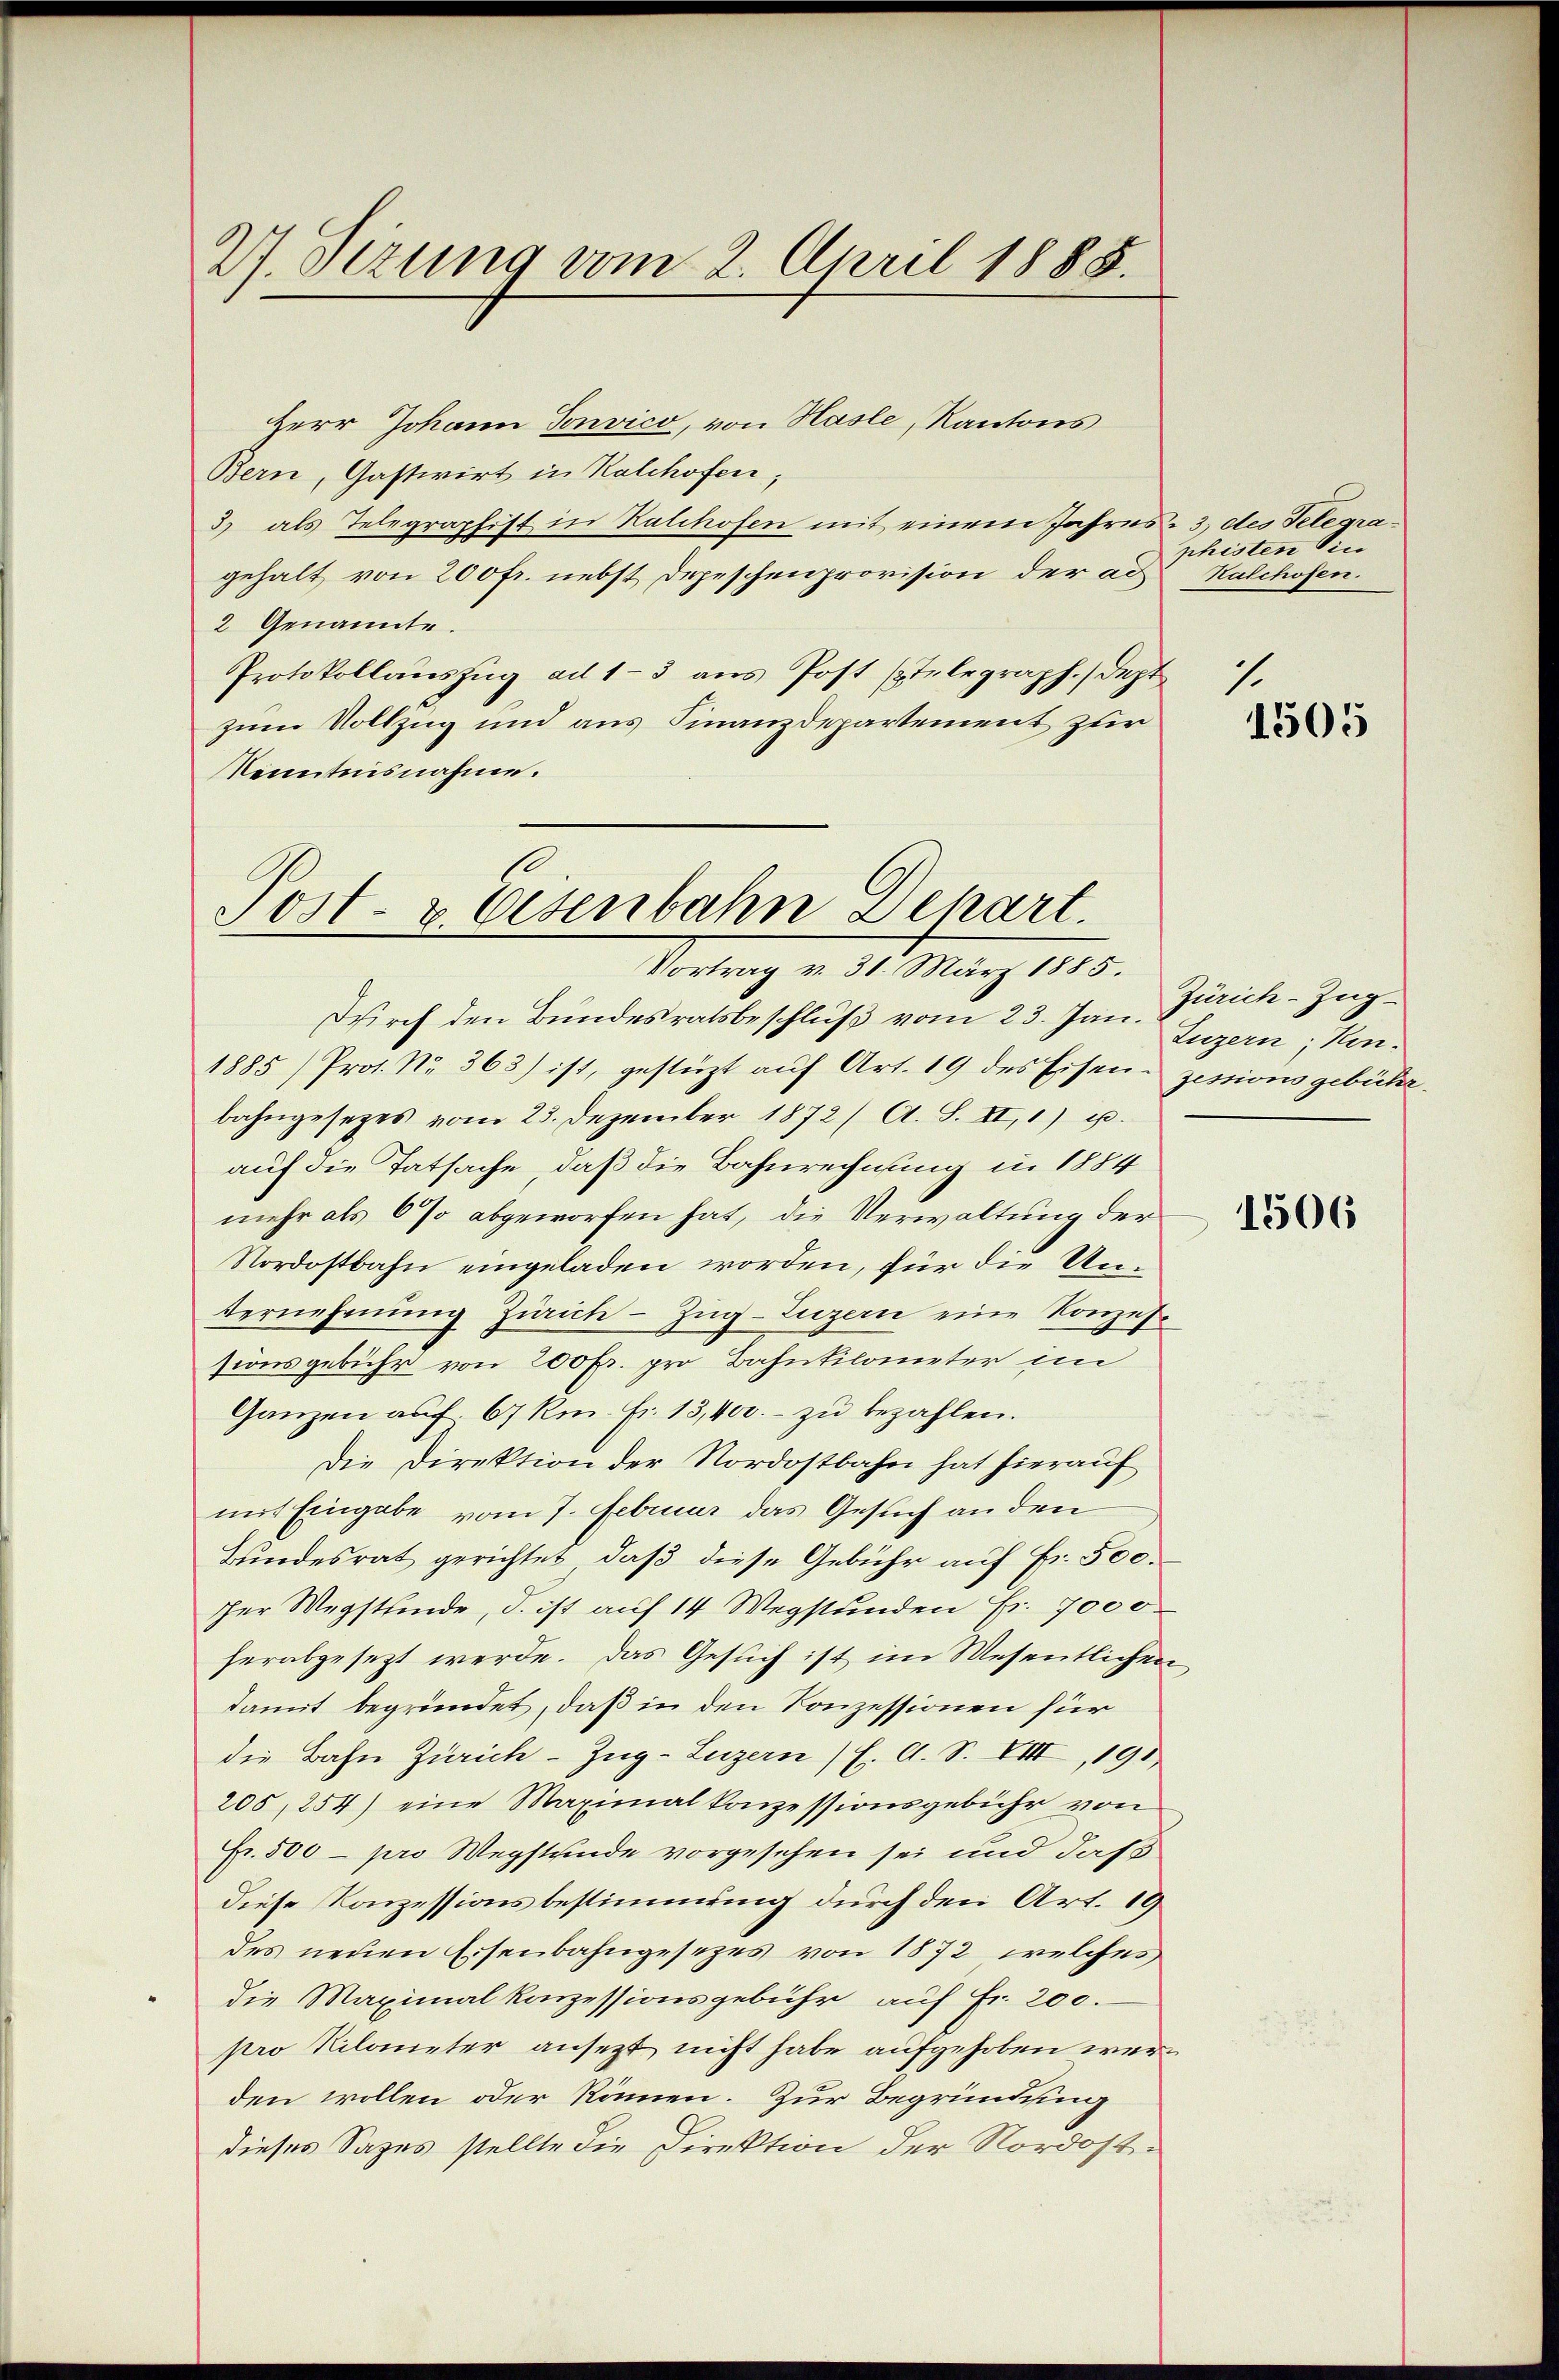
27. Sizung vom 2. April 1888.

Herr Johann Sonvico, von Hasle, Kantons
Bern, Gastwirt in Kalchofen,
3) als Telegraphist in Kalchofen mit einem Jahres - 3. des Telegragehalt von 200 fr. nebst Depeschenprovision der ad Kalchofen.
2 Genannte.
Protokollauszug ad 1-3 aus Post telegraph. (dept
zum Vollzug und aus Finanzdepartement zur
Kenntnisnahme.

Post- & Ottenbahn Depart.

Vortrag v. 31. März 1885.
Durch den Bundesratsbeschluß vom 23. Jan. Luzern, Hon¬
1885) Prof. No. 363) ist, gestüzt aŭf Art. 19 des Eisen-Zessionsgebührbahngesetzes vom 23. Dezember 1872/ A. S. II,1) u.
auf die Tatsache, daß die Bahnrechnung in 1884
mehr als 6% abgeworfen hat, die Verwaltung der
Nordostbahn eingeladen worden, für die Unternehmung Zürich–Zug–Luzern eine Konzessionsgebühr von 200 Fr. pro Bahntilometer im
Ganzen auf. 67 Rm. Fr. 13,400.- zŭ bezahlen.
Die Direktion der Nordostbahn hat hierauf
mit Eingabe vom 7. Februar das Gesuch an den
Bundesrat gerichtet, daß diese Gebühr auf Fr. 500.
ser Wegstfinde, d. ist auf 14 Wegstunden Fr. 7000
herabgesezt werde. Das Gesuch ist im Wesentlichen
damit begründet, daß in den Konzessionen für
die Bahn Zürich–Zug–Luzern / E. A. S. VIII, 191
205, 254) eine Maximal konzessionsgebühr von
Fr. 500 - pro Wegstunde vorgesehen sei und daß
Diese Konzessionsbestimmung durch den Art. 19
des neuen Eisenbahngesetzes von 1872 welches
die Maximal konzessionsgebühr auf Fr. 200.
pro Kilometer ansetzt nicht habe aufgehoben werden wollen oder können. Zur Begründung
dieses Sages stellte die Direktion der Nordost¬

phisten Sin

1.
1505

Zürich–Zug

1506